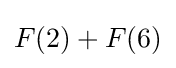
F(2)+F(6)